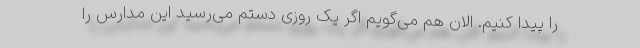
را پیدا کنیم. الان هم می‌گویم اگر یک روزی دستم می‌رسید این مدارس را